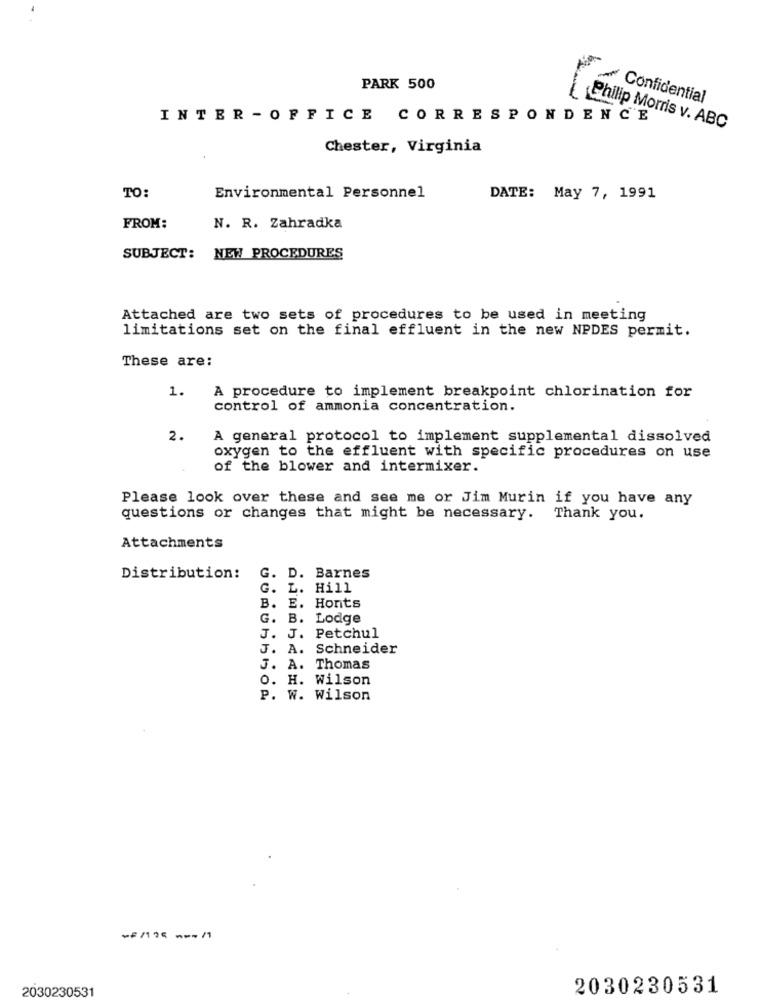
PARK 500
Confidential
INTER -OFFICE CORRESPONDENCE
Philip Morris v. ABC
Chester, Virginia
TO:
Environmental Personnel
DATE: May 7, 1991
FROM:
N. R. Zahradka
SUBJECT: NEW PROCEDURES
Attached are two sets of procedures to be used in meeting
limitations set on the final effluent in the new NPDES permit.
These are:
1.
A procedure to implement breakpoint chlorination for
control of ammonia concentration.
2.
A general protocol to implement supplemental dissolved
oxygen to the effluent with specific procedures on use
of the blower and intermixer.
Please look over these and see me or Jim Murin if you have any
questions or changes that might be necessary. Thank you.
Attachments
Distribution:
G. D. Barnes
G.
L. Hill
B. E. Honts
G. B. Lodge
J. J. Petchul
J. A. Schneider
J. A. Thomas
O. H. Wilson
P. W. Wilson
-/125 --- /1
2030230531
2030230531